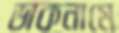
ডাকনামে